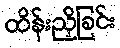
ထိန်းညှိခြင်း